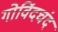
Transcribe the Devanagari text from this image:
गोविंदचंद